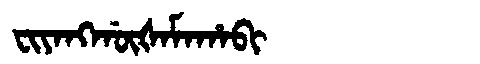
Manchu: ᠸᡳᠶᠠᠩᡤᡡᡧᠠᠮᠠᡥᠠᠪᡳ
Romanization: FIYANGGŪŠAMAHABI